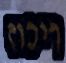
ריכוז